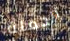
الحملة